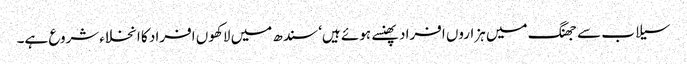
سیلاب سے جھنگ میں ہزاروں افراد پھنسے ہوئے ہیں‘ سندھ میں لاکھوں افراد کا انخلاءشروع ہے۔